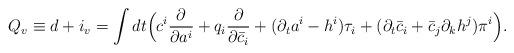
LaTeX: \begin{align*}Q_v \equiv d + i_v=\int dt\Bigl(c^i \frac{\partial}{\partial a^i}+q_i \frac{\partial}{\partial\bar c_i}+(\partial_t a^i-h^i) \tau_i+(\partial_t \bar c_i+\bar c_j\partial_kh^j) \pi^i\Bigr).\end{align*}